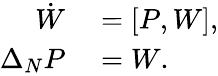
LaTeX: \begin{array}{rl}{\dot{W}}&{{}=[P,W],}\\ {\Delta_{N}P}&{{}=W.}\end{array}